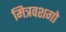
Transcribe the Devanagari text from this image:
मित्रवशगो